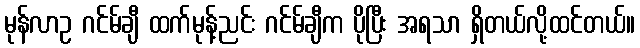
မုန်လာဥ ဂင်မ်ချီ ထက်မုန့်ညင်း ဂင်မ်ချီက ပိုပြီး အရသာ ရှိတယ်လို့ထင်တယ်။